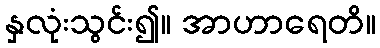
နှလုံးသွင်း၍။ အာဟာရေတိ။